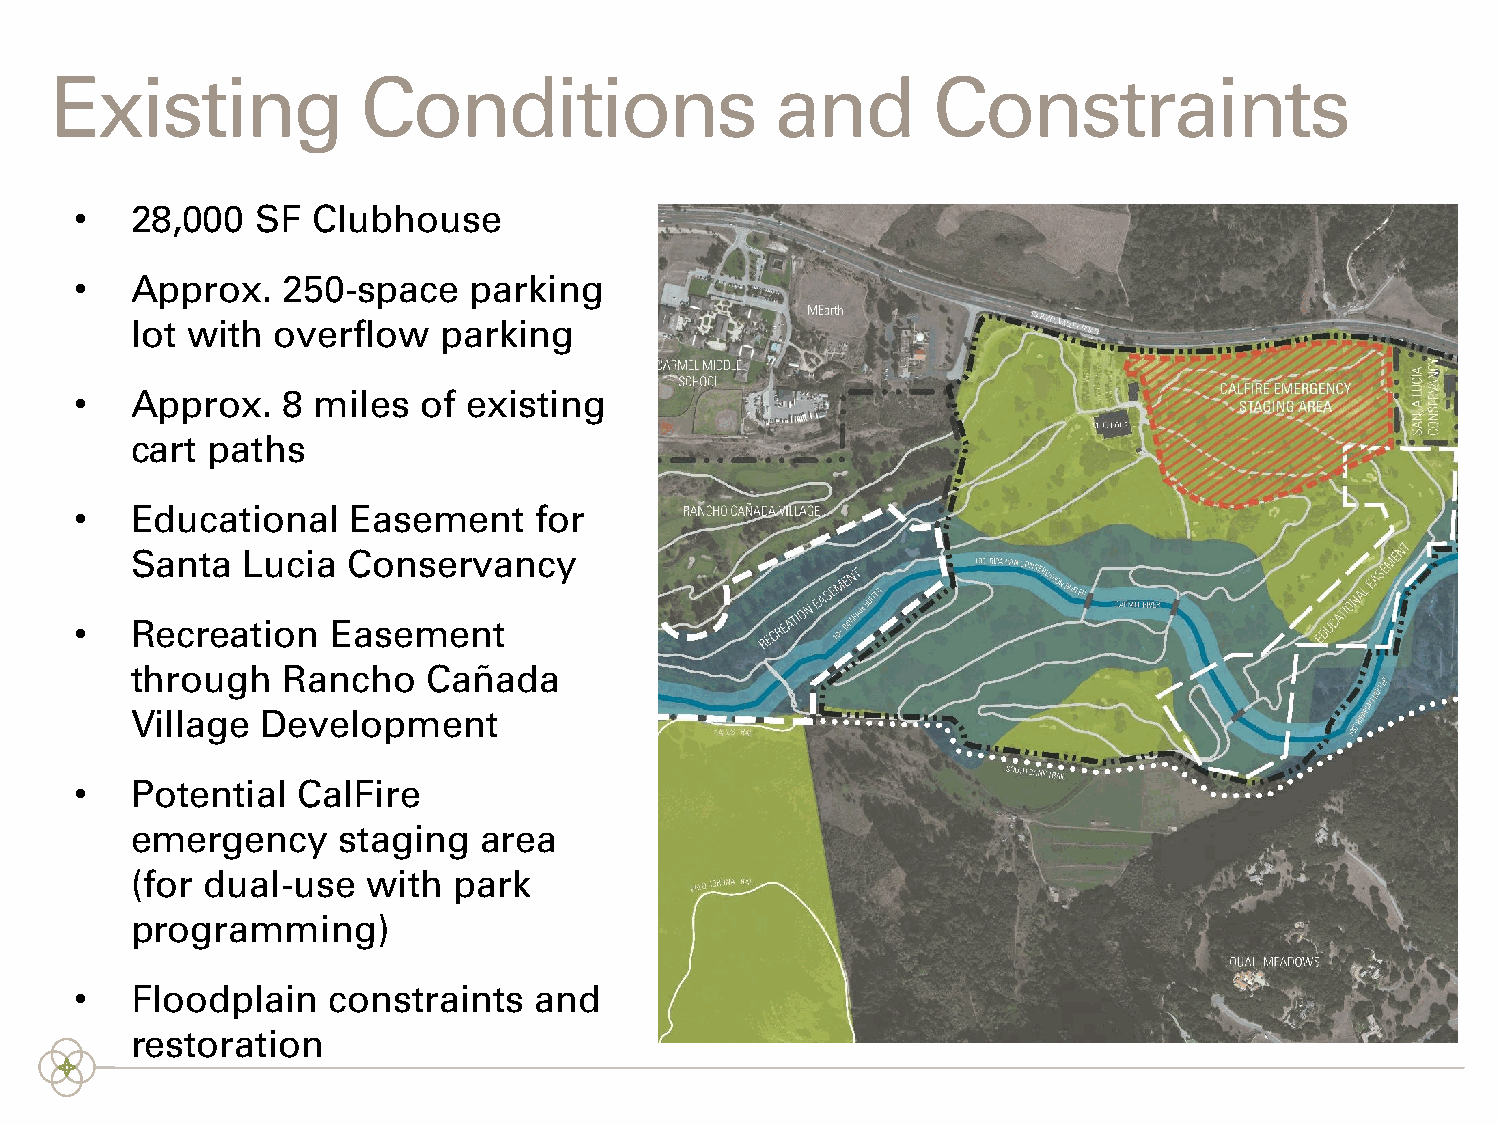
Existing             Conditions                 and        Constraints
 •   28,000  SF  Clubhouse
 •   Approx.   250-space   parking
 lot with overflow   parking
 •   Approx.   8 miles  of existing
 cart paths
 •   Educational   Easement    for
 Santa  Lucia  Conservancy
 •   Recreation   Easement
 through   Rancho   Cañada
 Village Development
 •   Potential  CalFire
 emergency    staging   area
 (for dual-use  with  park
 programming)
 •   Floodplain   constraints  and
 restoration